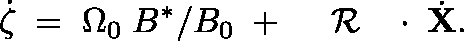
\dot { \zeta } \; = \; \Omega _ { 0 } \; B ^ { * } / B _ { 0 } \; + \; \mathrm { ~ \boldmath ~ \cal ~ R ~ } \, \mathrm { ~ \boldmath ~ \cdot ~ } \, \dot { \bf X } .